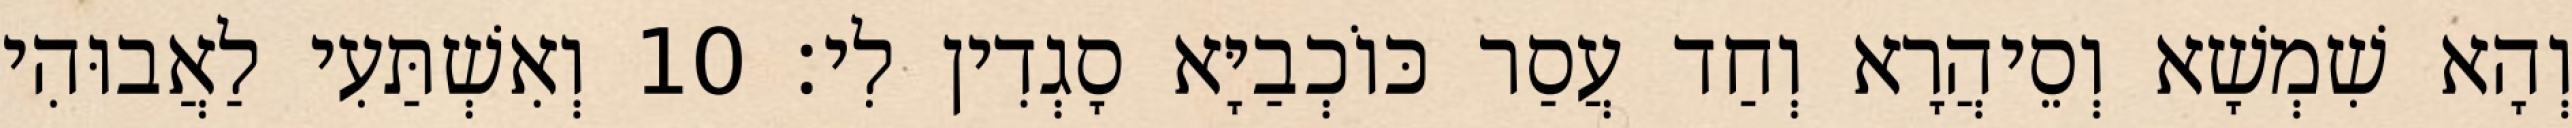
וְהָא שִׁמְשָׁא וְסֵיהֲרָא וְחַד עֲסַר כּוֹכְבַיָּא סָגְדִין לִי׃ 10 וְאִשְׁתַּעִי לַאֲבוּהִי